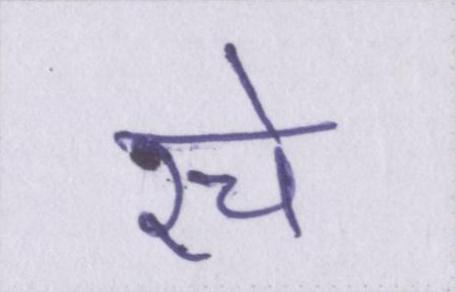
रचे